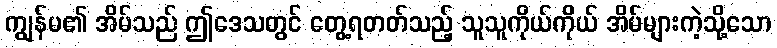
ကျွန်မ၏ အိမ်သည် ဤဒေသတွင် တွေ့ရတတ်သည့် သူသူကိုယ်ကိုယ် အိမ်များကဲ့သို့သော